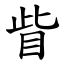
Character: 眥